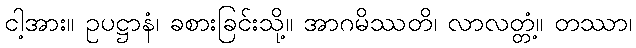
ငါ့အား။ ဥပဋ္ဌာနံ၊ ခစားခြင်းသို့။ အာဂမိဿတိ၊ လာလတ္တံ့။ တဿာ၊